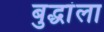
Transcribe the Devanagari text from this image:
बुद्धांला